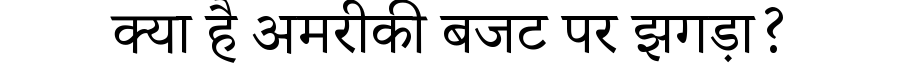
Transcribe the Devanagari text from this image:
क्या है अमरीकी बजट पर झगड़ा?